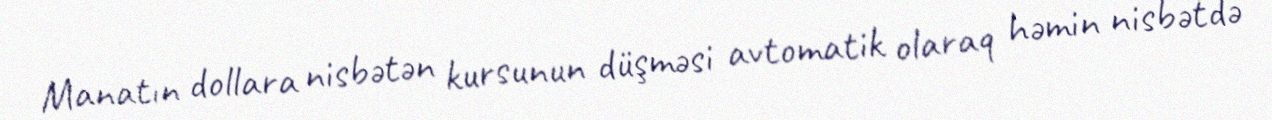
Manatın dollara nisbətən kursunun düşməsi avtomatik olaraq həmin nisbətdə